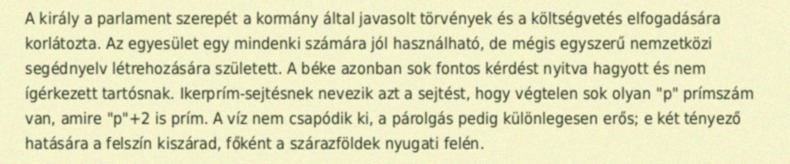
A király a parlament szerepét a kormány által javasolt törvények és a költségvetés elfogadására korlátozta. Az egyesület egy mindenki számára jól használható, de mégis egyszerű nemzetközi segédnyelv létrehozására született. A béke azonban sok fontos kérdést nyitva hagyott és nem ígérkezett tartósnak. Ikerprím-sejtésnek nevezik azt a sejtést, hogy végtelen sok olyan "p" prímszám van, amire "p"+2 is prím. A víz nem csapódik ki, a párolgás pedig különlegesen erős; e két tényező hatására a felszín kiszárad, főként a szárazföldek nyugati felén.